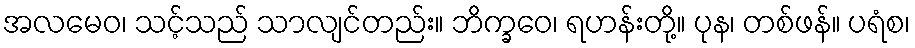
အလမေဝ၊ သင့်သည် သာလျင်တည်း။ ဘိက္ခဝေ၊ ရဟန်းတို့။ ပုန၊ တစ်ဖန်။ ပရံစ၊